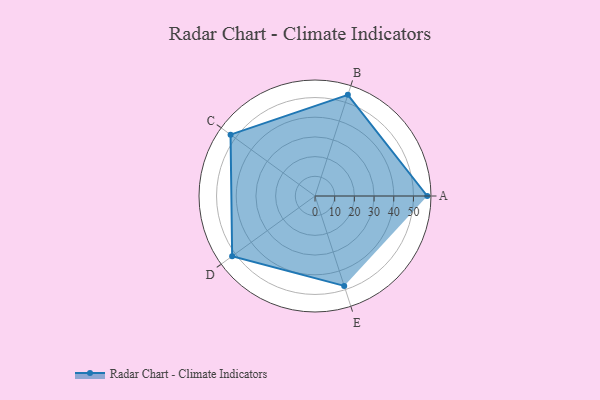
{"axis": {"x": "Skill", "y": "Score"}, "legend": ["Profile"], "data": [{"x": "A", "y": 57.0, "type": "Profile"}, {"x": "B", "y": 54.0, "type": "Profile"}, {"x": "C", "y": 53.0, "type": "Profile"}, {"x": "D", "y": 52.0, "type": "Profile"}, {"x": "E", "y": 48.0, "type": "Profile"}]}